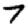
Digit: 7